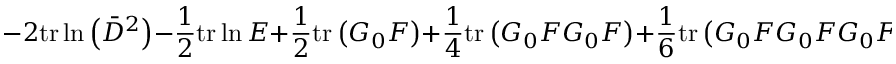
- 2 \mathrm { t r } \ln \left( \bar { D } ^ { 2 } \right) - \frac { 1 } { 2 } \mathrm { t r } \ln E + \frac { 1 } { 2 } \mathrm { t r } \left( G _ { 0 } F \right) + \frac { 1 } { 4 } \mathrm { t r } \left( G _ { 0 } F G _ { 0 } F \right) + \frac { 1 } { 6 } \mathrm { t r } \left( G _ { 0 } F G _ { 0 } F G _ { 0 } F \right) + \ldots